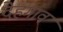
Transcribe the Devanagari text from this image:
देहगाव